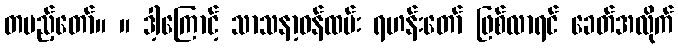
တပည့်တော်။ ။ ဒါ့ကြောင့် သာသနာ့ဝန်ထမ်း ရဟန်းတော် ဖြစ်လာရင် ခေတ်အလိုက်